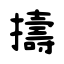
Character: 擣